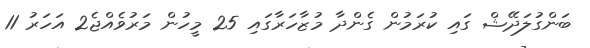
ބަންގުލަދޭޝް ގައި ކުރަމުން ގެންދާ މުޒާހަރާގައި 25 މީހުން މަރުވެއްޖެ2 އަހަރު 11